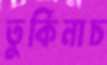
তুর্কিনাচ